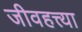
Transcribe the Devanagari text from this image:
जीवहत्त्या